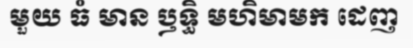
មួយ ធំ មាន ឫទ្ធិ មហិមាមក ដេញ